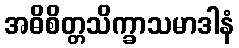
အဓိစိတ္တသိက္ခာသမာဒါနံ